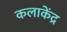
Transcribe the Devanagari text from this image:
कलाकेंद्र